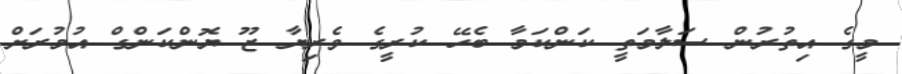
މީގެ އިތުރުން ސަލާމަތީ ކަންކަމާ ބެހޭ ކުރީގެ ވެރިޔާ ޒޫ ޔޮންކަންގް އުމުރަށް